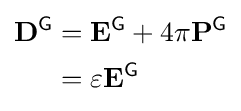
{\begin{aligned}\mathbf {D} ^{\textsf {G}}&=\mathbf {E} ^{\textsf {G}}+4\pi \mathbf {P} ^{\textsf {G}}\\&=\varepsilon \mathbf {E} ^{\textsf {G}}\end{aligned}}